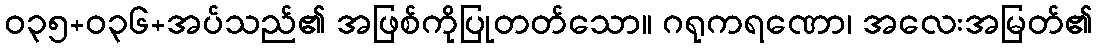
ဝ၃၅+၀၃၆+အပ်သည်၏ အဖြစ်ကိုပြုတတ်သော။ ဂရုကရဏော၊ အလေးအမြတ်၏